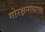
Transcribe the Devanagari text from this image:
गोरक्षनाथाचा